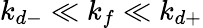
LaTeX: k_{d-}\ll k_{f}\ll k_{d+}